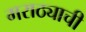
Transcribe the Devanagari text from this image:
मराठ्याची